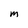
Character: M